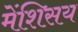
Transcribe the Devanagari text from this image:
मेंशिसय